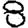
Digit: 8